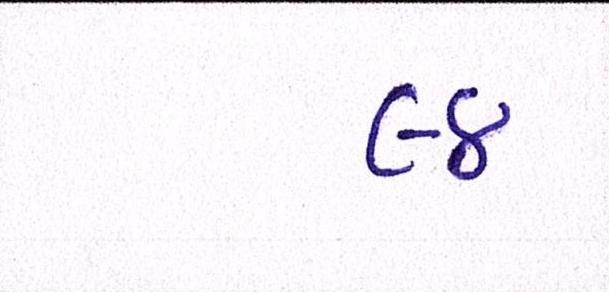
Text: ૯૪